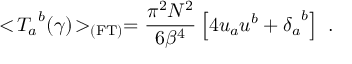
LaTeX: < \! { { T } _ { a } } ^ { b } ( \gamma ) \! > _ { \mathrm { ( F T ) } } = { \frac { \pi ^ { 2 } N ^ { 2 } } { 6 { { \beta } } ^ { 4 } } } \left[ 4 u _ { a } u ^ { b } + { { \delta } _ { a } } ^ { b } \right] \ .